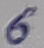
Text: 6